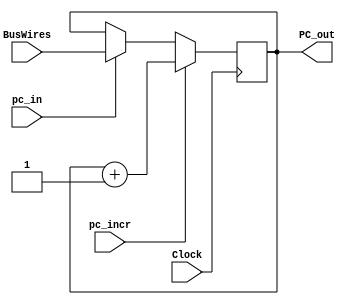
module PC (
	input [15:0]BusWires,
	input pc_in,
	input pc_incr,
	input Clock,
	output wire [15:0]PC_out
);

	reg[15:0] PC;
	
	initial begin
		PC = 0;
	end

	always @(posedge Clock) begin
		if(pc_incr == 1'b1) begin
			PC = PC + 16'b0000000000000001;
		end
		else if(pc_in == 1'b1) begin
			PC = BusWires;
		end
	end
	
	assign PC_out = PC; 
endmodule